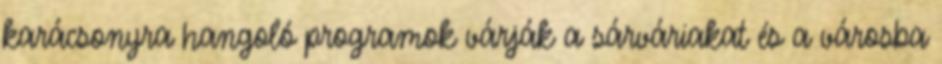
karácsonyra hangoló programok várják a sárváriakat és a városba